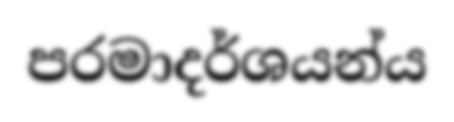
පරමාදර්ශයන්ය